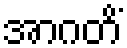
အာဂတိံ